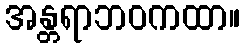
အန္တရာဘဝကထာ။